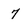
Character: 7